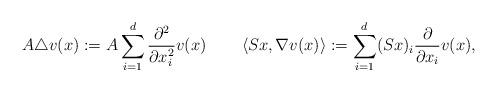
LaTeX: \begin{align*} A\triangle v(x):=A\sum_{i=1}^{d}\frac{\partial^2}{\partial x_i^2}v(x)\quad\quad\left\langle Sx,\nabla v(x)\right\rangle:=\sum_{i=1}^{d}(Sx)_i\frac{\partial}{\partial x_i}v(x),\end{align*}